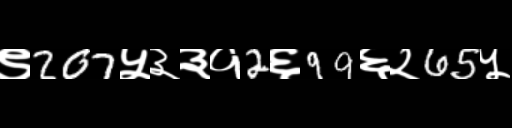
Text: ९207५३३१2६99६२65५